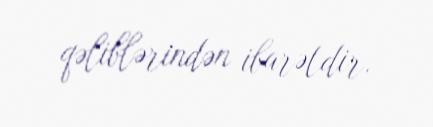
qəliblərindən ibarətdir.